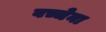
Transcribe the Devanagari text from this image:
वच्चेना